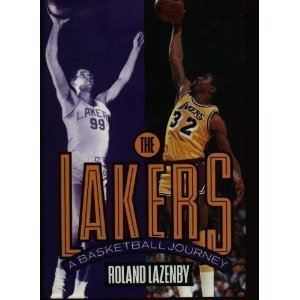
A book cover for The Lakers: A Basketball Journey; Roland Lazenby; Sports & Outdoors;